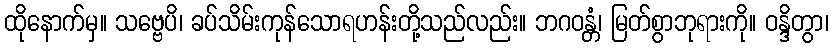
ထိုနောက်မှ။ သဗ္ဗေပိ၊ ခပ်သိမ်းကုန်သောရဟန်းတို့သည်လည်း။ ဘဂဝန္တံ၊ မြတ်စွာဘုရားကို။ ဝန္ဒိတွာ၊